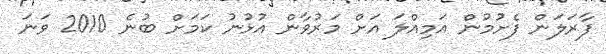
ފާރަލަން ފެށުުމުން އަމިއްލަ އަށް މަރުވާން އުޅުނު ކަަަމަށް ބުނެ 2010 ވަނަ